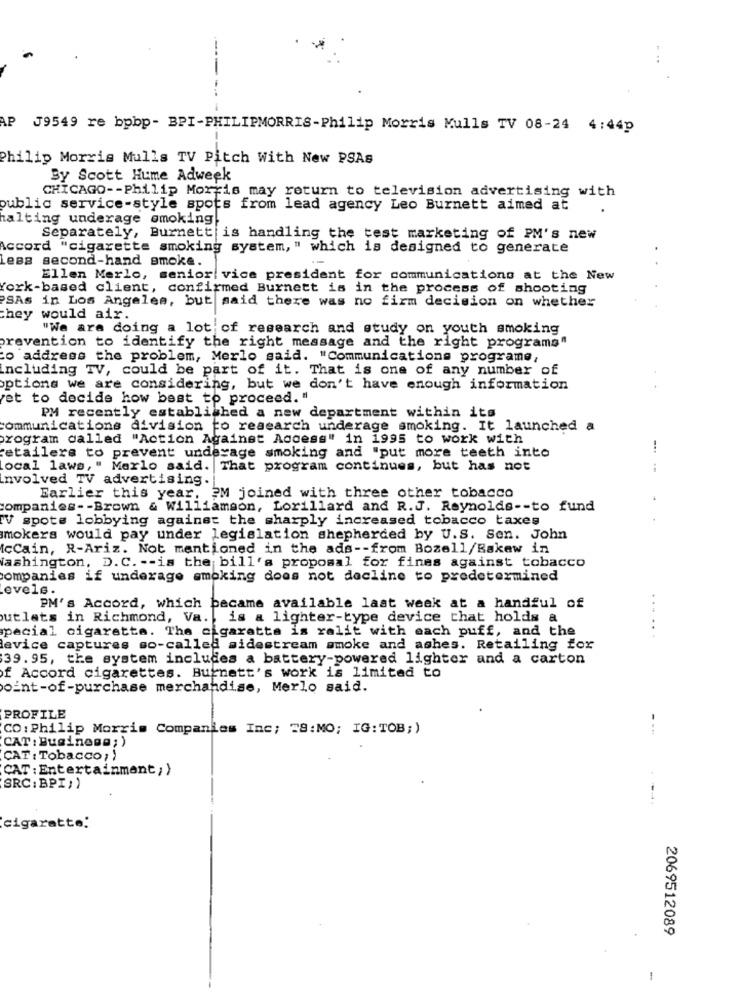
-
AP J9549 re bpbp- BPI-PHILIPMORRIS-Philip Morris Mulls TV 08-24 4:44p
Philip Morris Mulls TV Pitch With New PSAs
By Scott Hume Adweek
CHICAGO -- Philip Morris may return to television advertising with
public service-style spots from lead agency Leo Burnett aimed at
halting underage smoking
Separately, Burnett is handling the test marketing of PM's new
Accord "cigarette smoking system, " which is designed to generate
Less second-hand smoke.
Ellen Merlo, senior vice president for communications at the New
York-based client, confirmed Burnett is in the process of shooting
PSAs in Los Angeles, but maid there was no firm decision on whether
they would air.
"We are doing a lot of research and study on youth smoking
prevention to identify the right message and the right programs"
co address the problem, Merlo said. "Communications programe,
Including TV, could be part of it. That is one of any number of
options we are considering, but we don't have enough information
et to decide how best to proceed. "
PM recently established a new department within its
communications division to research underage smoking. It launched a
program called "Action Against Access" in 1995 to work with
retailers to prevent underage smoking and "put more teeth into
ocal laws, " Merlo said. That program continues, but has not
Involved TV advertising.
Earlier this year, EM joined with three other tobacco
companies -- Brown & Williamson, Lorillard and R.J. Reynolds -- to fund
WV spots lobbying against the sharply increased tobacco taxes
mokers would pay under legislation shepherded by U.S. Sen. John
IcCain, R-Ariz. Not mentioned in the ads -- from Bozell/Bakew in
Washington, D. C. -- is the bill's proposal for fines against tobacco
companies if underage smoking does not decline to predetermined
evels.
PM's Accord, which became available last week at a handful of
...
utlats in Richmond, Va. is a lighter-type device that holds a
special cigaretta. The cigaretta is ralit with each puff, and the
...
levice captures so-called sidestream smoke and ashes. Retailing for
39. 95, the system includes a battery-powered lighter and a carton
f Accord cigarettes. Burnett's work is limited to
point-of-purchase merchandise, Merlo said.
PROFILE
CO: Philip Morris Companies Inc; = 8:MO; IG:TOB;)
---
CAT: Business;)
CAT: Tobacco; )
CAT : Entertainment;}
SRC:BPI;)
cigarette:
2069512089